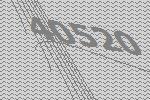
40520